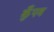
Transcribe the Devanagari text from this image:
कुँपव